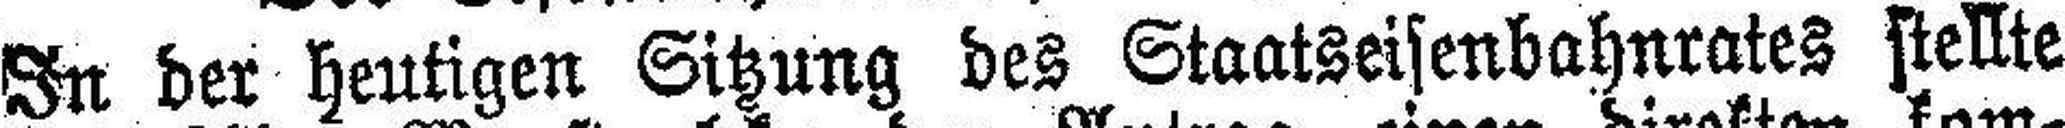
In der heutigen Sitzung des Staatseisenbahnrates stellte